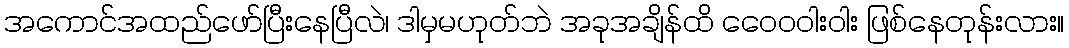
အကောင်အထည်ဖော်ပြီးနေပြီလဲ၊ ဒါမှမဟုတ်ဘဲ အခုအချိန်ထိ ဝေေ၀ဝါးဝါး ဖြစ်နေတုန်းလား။